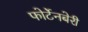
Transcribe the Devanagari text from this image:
फोर्टेनबेरी